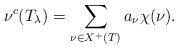
LaTeX: \begin{align*}\nu^c(T_\lambda)=\sum_{\nu \in X^+(T)}{a_\nu \chi(\nu)}.\end{align*}